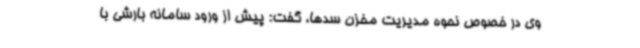
وی در خصوص نحوه مدیریت مخزن سدها، گفت: پیش از ورود سامانه بارشی با